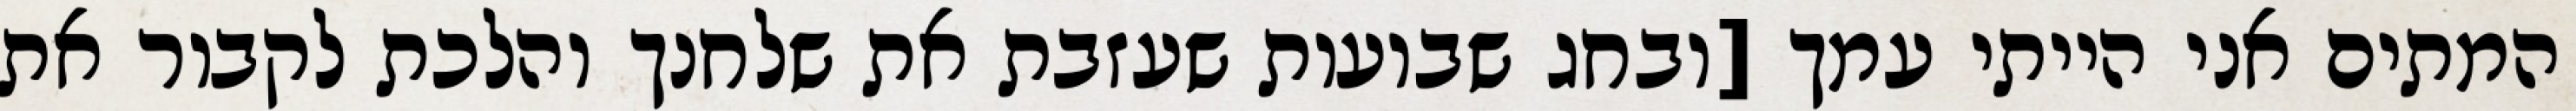
המתים אני הייתי עמך [ובחג שבועות שעזבת את שלחנך והלכת לקבור את